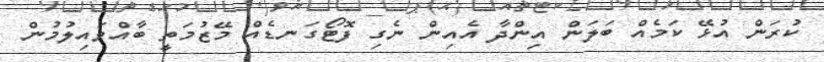
ކުރަން އުޅޭ ކަމެއް ބަލަން އިންދާ އެއިން ނެގި ފޮޓޯގަނޑެއް މޭޒުމަތީ ބާއްވައިލުމުން